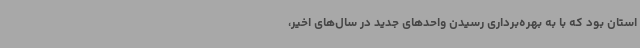
استان بود که با به بهره‌برداری رسیدن واحدهای جدید در سال‌های اخیر،